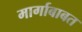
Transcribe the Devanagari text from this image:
मार्गाबाबत